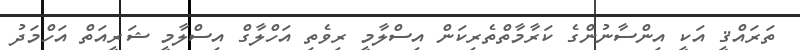
ތަރައްޤީ އަކީ އިންސާނުންގެ ކަރާމާތްތެރިކަން އިސްލާމީ ރިވެތި އަހްލާގް އިސްލާމީ ޝަރީއަތް އަހްމަދު